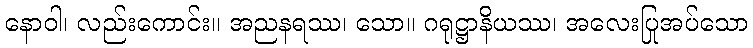
နောဝါ၊ လည်းကောင်း။ အညနရဿ၊ သော။ ဂရုဋ္ဌာနိယဿ၊ အလေးပြုအပ်သော